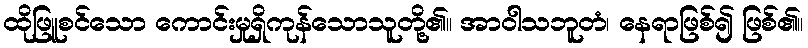
ထိုဖြူစင်သော ကောင်းမှုရှိကုန်သောသူတို့၏။ အာဝါသဘူတံ၊ နေရာဖြစ်၍ ဖြစ်၏။